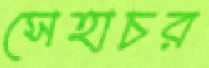
সেহাচর